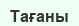
Тағаны